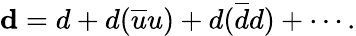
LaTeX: {\mathbf d}=d+d(\overline{{{u}}}u)+d(\overline{{{d}}}d)+\cdots.